Civil Veterinary Department. Madras. Admin. report 1926-33 - 1926-1933
Year: 1926
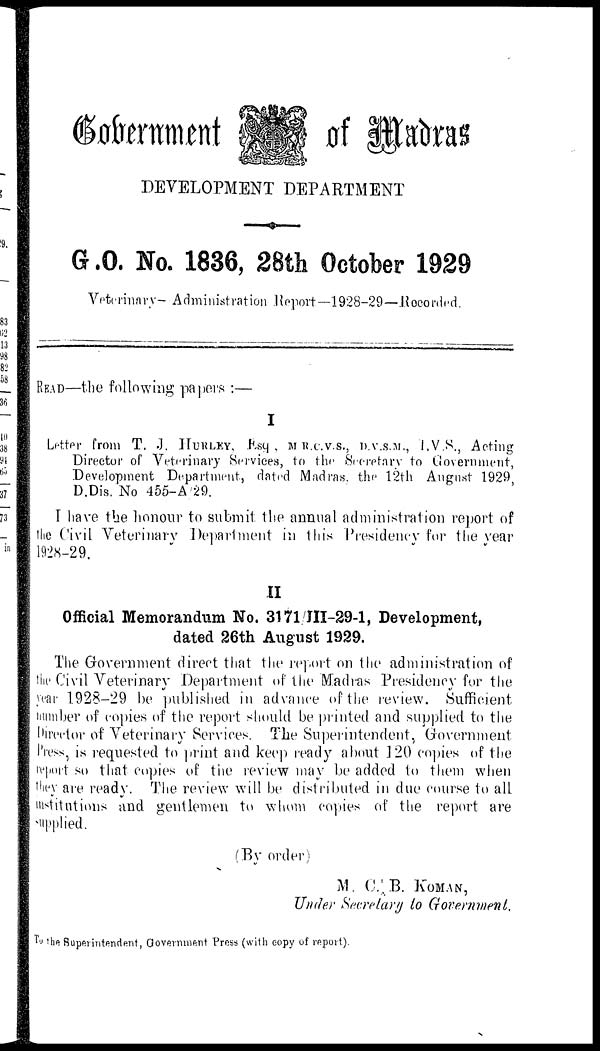
Government
of Madras
DEVELOPMENT DEPARTMENT
G .O. No. 1836, 28th October 1929
Veterinary— Administration Report—1928—29—Recorded.
READ—the following papers:—
I
Letter from T. J. HURLEY, ESq , M.R.C.V.S., D.V.S.M., I.V.S., Acting
Director of Veterinary Services, to the Secretary to Government,
Development Department, dated Madras, the 12th August 1929,
D.Dis. No 455-A 29.
I have the honour to submit the annual administration report of
the Civil Veterinary Department in this Presidency for the year
1928-29.
II
Official Memorandum No. 3171 III-29-1, Development,
dated 26th August 1929.
The Government direct that the report on the administration of
the Civil Veterinary Department of the Madras Presidency for the
year 1928-29 be published in advance of the review. Sufficient
number of copies of the report should be printed and supplied to the
Director of Veterinary Services. The Superintendent, Government
Press, is requested to print and keep ready about 120 copies of the
report so that copies of the review may be added to them when
they are ready. The review will be distributed in due course to all
institutions and gentlemen to whom copies of the report are
Supplied.
(By order)
M. C. B. KOMAN,
Under Secretary to Government,
To the Superintendent, Government Press (with copy of report).